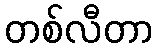
တစ်လီတာ